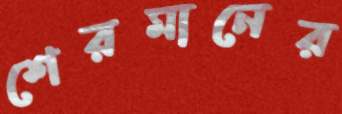
শেরমানের